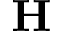
\mathbf { H }